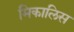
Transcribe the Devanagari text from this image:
मिकालिस